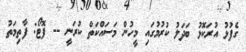
ގެފުޅު އުރަކޮޅު ބަދަލު ކުރުމުގައި މީހުން މަސައްކަތް ކުރަނީ -- ފޮޓޯ: ފާތިމަތު